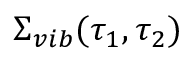
\Sigma _ { v i b } ( \tau _ { 1 } , \tau _ { 2 } )